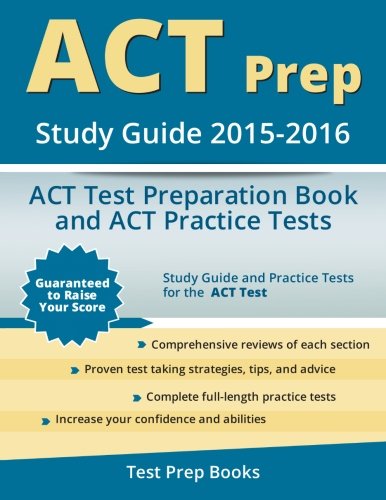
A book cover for ACT Prep Study Guide 2015-2016: ACT Test Preparation Book and ACT Practice Tests; ACT Test Prep Team; Test Preparation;